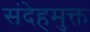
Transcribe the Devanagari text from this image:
संदेहमुक्त